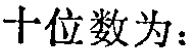
十位数为：